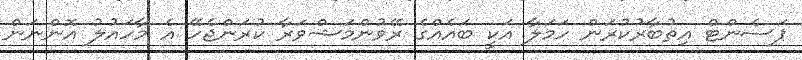
ޕަސެންޓް އިތުބާރުކުރަން ހަމަލާ އަކީ ބައެއްގެ ރޭވުންމަޝްވަރާ ކުރަންޖެހޭ އެ މާހައުލު އޮންނަން